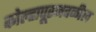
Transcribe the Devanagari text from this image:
कोल्हापूरजवळील